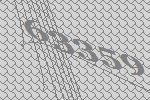
63359